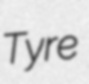
Tyre